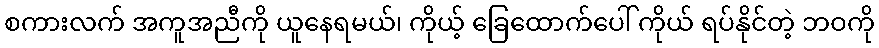
စကားလက် အကူအညီကို ယူနေရမယ်၊ ကိုယ့် ခြေထောက်ပေါ် ကိုယ် ရပ်နိုင်တဲ့ ဘဝကို